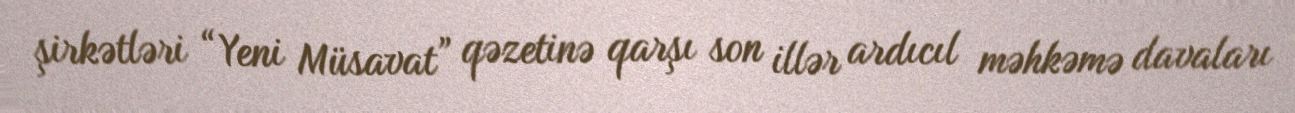
şirkətləri “Yeni Müsavat” qəzetinə qarşı son illər ardıcıl məhkəmə davaları